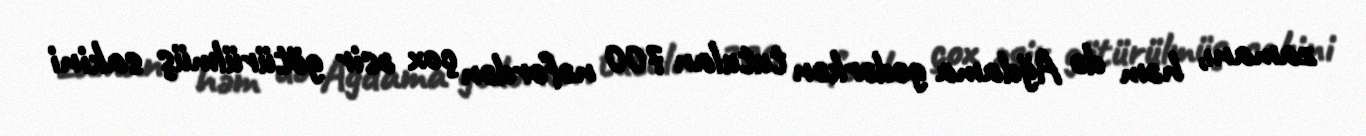
zamanı, həm də Ağdama gedərkən tutulan 700 nəfərdən çox əsir götürülmüş sakini